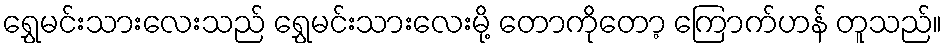
ရွှေမင်းသားလေးသည် ရွှေမင်းသားလေးမို့ တောကိုတော့ ကြောက်ဟန် တူသည်။